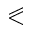
\eqslantless